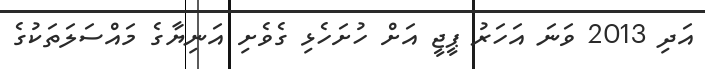
އަދި 2013 ވަނަ އަހަރު ޕީޖީ އަށް ހުށަހެޅި ގެވެށި އަނިޔާގެ މައްސަލަތަކުގެ